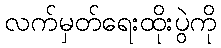
လက်မှတ်ရေးထိုးပွဲကို